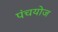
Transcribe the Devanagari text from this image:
पंचयोज